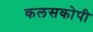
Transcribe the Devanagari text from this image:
कलसकोपी